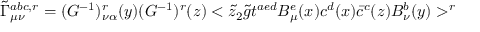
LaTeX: \tilde { \Gamma } _ { \mu \nu } ^ { a b c , r } = ( G ^ { - 1 } ) _ { \nu \alpha } ^ { r } ( y ) ( G ^ { - 1 } ) ^ { r } ( z ) < \tilde { z } _ { 2 } \tilde { g } t ^ { a e d } B _ { \mu } ^ { e } ( x ) c ^ { d } ( x ) \bar { c } ^ { c } ( z ) B _ { \nu } ^ { b } ( y ) > ^ { r }